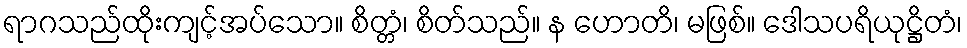
ရာဂသည်ထိုးကျင့်အပ်သော။ စိတ္တံ၊ စိတ်သည်။ န ဟောတိ၊ မဖြစ်။ ဒေါသပရိယုဋ္ဌိတံ၊